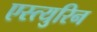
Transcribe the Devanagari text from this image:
एस्त्युरिन